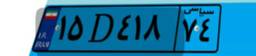
۲۸D۸۳۷۴۵